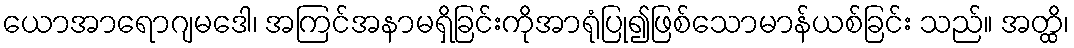
ယောအာရောဂျမဒေါ၊ အကြင်အနာမရှိခြင်းကိုအာရုံပြု၍ဖြစ်သောမာန်ယစ်ခြင်း သည်။ အတ္ထိ၊